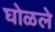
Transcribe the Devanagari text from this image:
घोळले